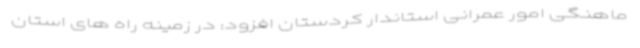
ماهنگی امور عمرانی استاندار کردستان افزود: در زمینه راه های استان